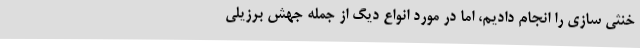
خنثی سازی را انجام دادیم، اما در مورد انواع دیگ از جمله جهش برزیلی